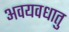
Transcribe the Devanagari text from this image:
अवयवधातु